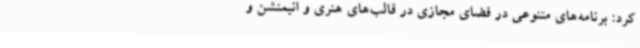
کرد: برنامه‌های متنوعی در فضای مجازی در قالب‌های هنری و انیمنشن و